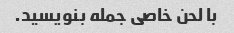
با لحن خاصی جمله بنویسید.